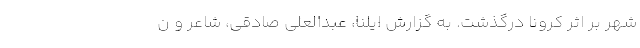
شهر بر اثر کرونا درگذشت. به گزارش ایلنا، عبدالعلی صادقی، شاعر و ن